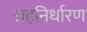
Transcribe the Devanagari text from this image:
सहनिर्धारण